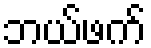
ဘယ်ဖက်